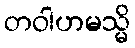
တဝါဟမသ္မိ